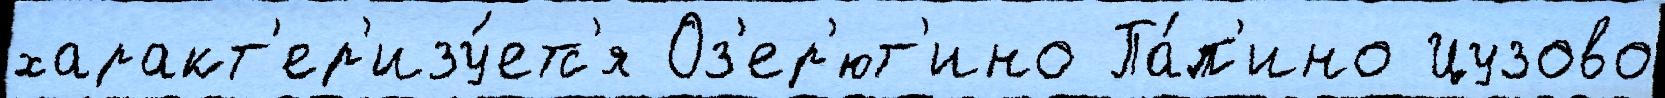
характ'ер'изу́етс'я Оз'ер'ют'ино Па́п'ино Цузово